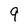
Character: 9